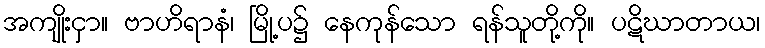
အကျိုးငှာ။ ဗာဟိရာနံ၊ မြို့ပ၌ နေကုန်သော ရန်သူတို့ကို။ ပဋိဃာတာယ၊